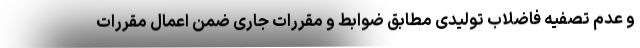
و عدم تصفیه فاضلاب تولیدی مطابق ضوابط و مقررات جاری ضمن اعمال مقررات